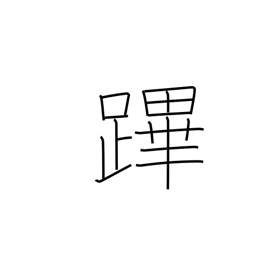
Meaning: one who preceeds king in procession